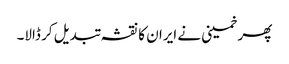
پھر خمینی نے ایران کا نقشہ تبدیل کر ڈالا۔